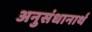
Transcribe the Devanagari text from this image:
अनुसंधानार्थ